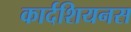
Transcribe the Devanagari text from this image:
कार्दशियनस